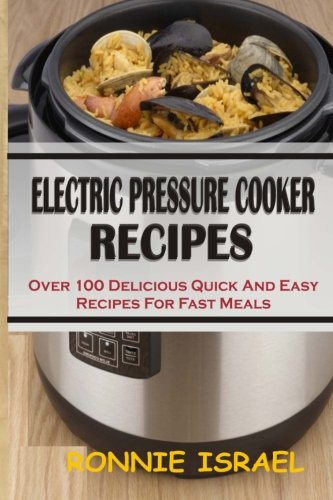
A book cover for Electric Pressure Cooker Recipes: Over 100 Delicious Quick And Easy Recipes For Fast Meals; Ronnie Israel; Cookbooks, Food & Wine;